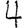
Digit: 4